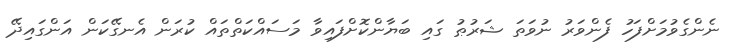
ނެންގެވުމަށްފަހު ފެންވަރު ނުވަތަ ޝަރުޠު ގައި ބަޔާންކޮށްފައިވާ މަސައްކަތްތައް ކުރަން އެނގޭކަން އަންގައިދޭ